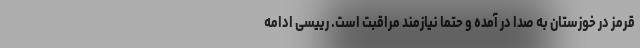
قرمز در خوزستان به صدا در آمده و حتما نیازمند مراقبت است. رییسی ادامه